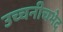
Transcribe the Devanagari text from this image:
उच्चनीचभेद